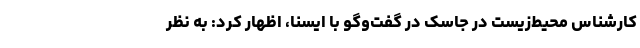
کارشناس محیط‌زیست در جاسک در گفت‌وگو با ایسنا، اظهار کرد: به نظر